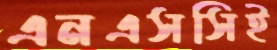
এনএসসিই